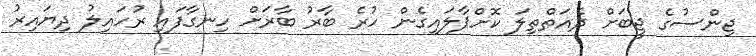
ޖިންސުގެ ޖީބަށް ދެއަތްތިލަ ކޮށްޕާލައިގެން ހުރެ ބާރު ބާރަށް ހިނގާފައި ރުހައިލު ދިޔައިރު